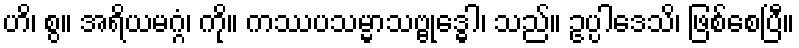
ဟိ၊ စွ။ အရိယမဂ္ဂံ၊ ကို။ ကဿပသမ္မာသဗ္ဗုဒ္ဓေါ၊ သည်။ ဥပ္ပါဒေသိ၊ ဖြစ်စေပြီ။